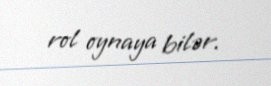
rol oynaya bilər.